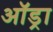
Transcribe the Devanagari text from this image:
ऑड्रा